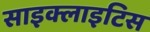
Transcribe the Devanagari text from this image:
साइक्लाइटिस